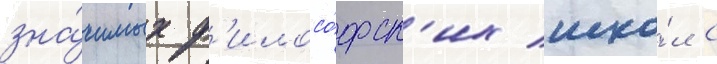
зна́чимых ф'илосо́фск'их шко́л с